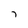
Character: 7